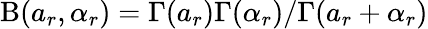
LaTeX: \mathrm{B}(a_{r},\alpha_{r})=\Gamma(a_{r})\Gamma(\alpha_{r})/\Gamma(a_{r}+\alpha_{r})